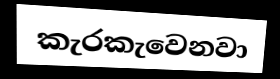
කැරකැවෙනවා